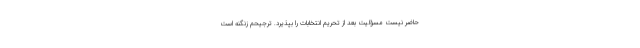
حاضر نیست مسؤلیت بعد از تحریم انتخابات را بپذیرد. ترجیحم زنگنه است